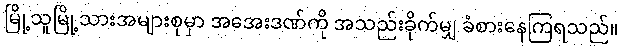
မြို့သူမြို့သားအများစုမှာ အအေးဒဏ်ကို အသည်းခိုက်မျှ ခံစားနေကြရသည်။